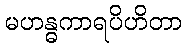
မဟန္ဓကာရပိဟိတာ